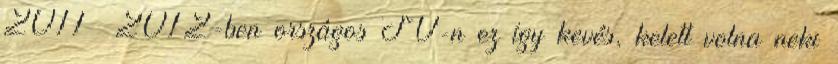
2011 2012-ben országos TV-n ez így kevés, kelett volna neki